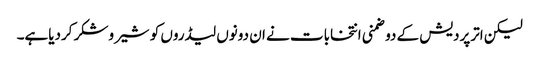
لیکن اترپردیش کے دوضمنی انتخابات نے ان دونوں لیڈروں کو شیروشکر کردیاہے۔